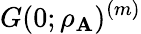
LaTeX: G(0;\rho_{\mathbf{A}})^{(m)}